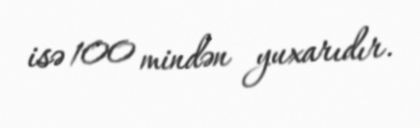
isə 100 mindən yuxarıdır.